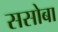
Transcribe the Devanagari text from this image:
ससोबा